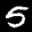
Label: 5